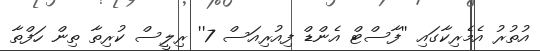
އުތުރު އެމެރިކާގައި ''ފާސްޓް އެންޑް ފިއުރިއަސް 7'' ރިލީސް ކުރިތާ ތިން ހަފްތާ